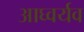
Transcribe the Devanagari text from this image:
आघ्वर्यव